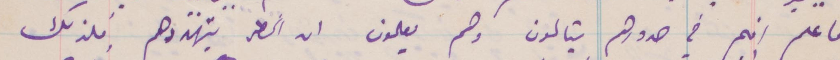
فاعلم انهم في صدورهم يتألمون وهم يعلمون ان الخطر يتهددهم فلذلك